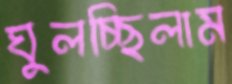
ঘুলচ্ছিলাম